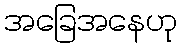
အခြေအနေဟု